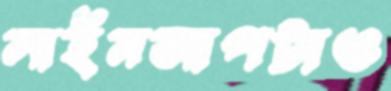
লাইনআপটাও